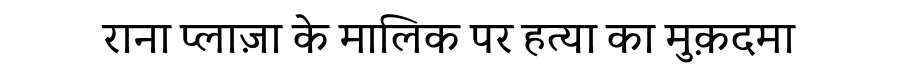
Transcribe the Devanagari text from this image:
राना प्लाज़ा के मालिक पर हत्या का मुक़दमा